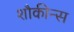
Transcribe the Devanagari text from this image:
शौकीन्स